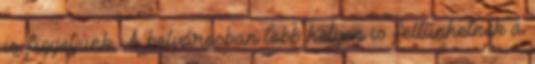
is figyeljünk. A belvárosban több helyen is feltűnhetnek a